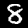
Digit: 8